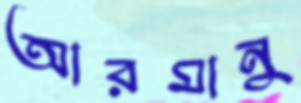
আরমানু